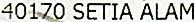
40170 SETIA ALAM